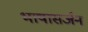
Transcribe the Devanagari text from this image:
भाषासर्जन